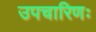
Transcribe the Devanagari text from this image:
उपचारिणः